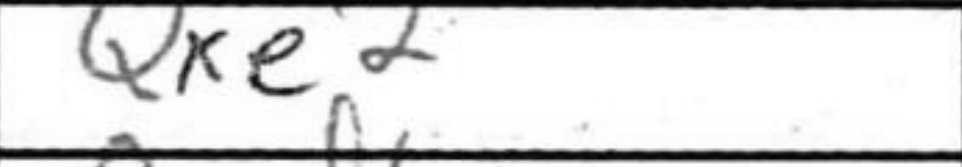
Transcription: Qxe2